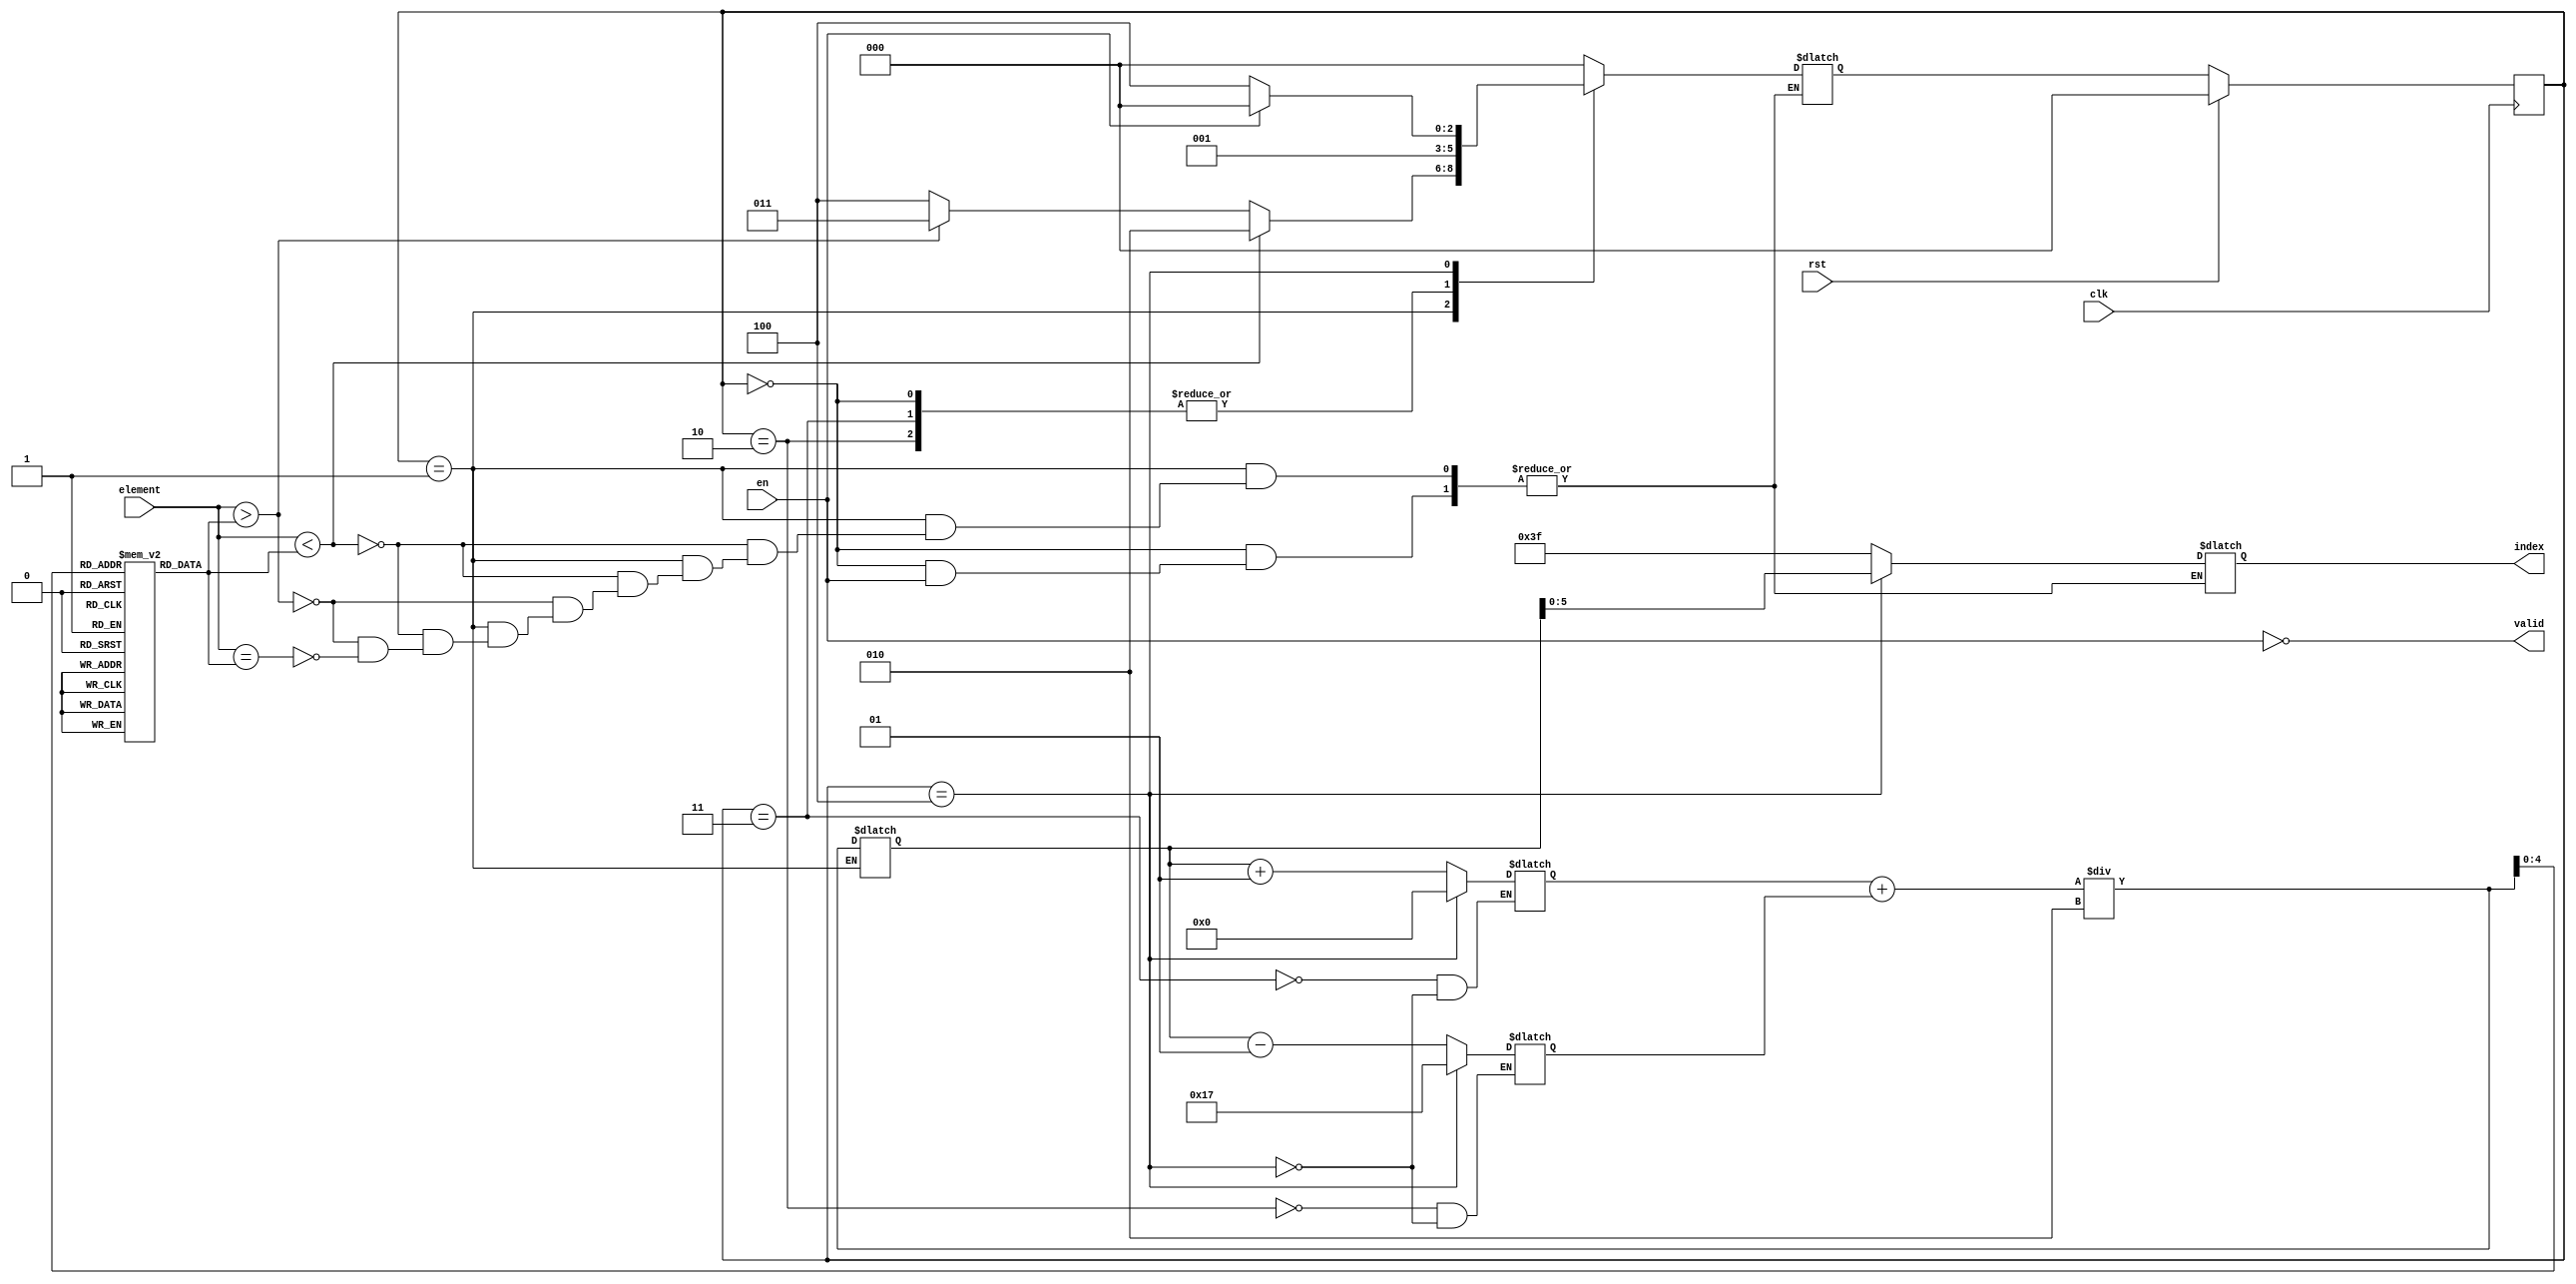
`timescale 1ns / 1ps
//////////////////////////////////////////////////////////////////////////////////
// Company: 
// Engineer: 
// 
// Design Name: 
// Module Name: bs
// Project Name: 
// Target Devices: 
// Tool Versions: 
// Description: 
// 
// Dependencies: 
// 
// Revision:
// Revision 0.01 - File Created
// Additional Comments:
// 
//////////////////////////////////////////////////////////////////////////////////

module bs(clk,rst,element,en,index,valid);
 input clk,rst;
 input signed[31:0] element;
 input en;
 output valid;
 output reg signed [5:0] index;
 
 parameter N=24; 
 
 reg signed[31:0] mem[N-1:0]; //memory
 
 reg [2:0]ps, ns;
 
 parameter s0=3'b000, s1=3'b001 , s2=3'b010, s3=3'b011 , s4=3'b100;
 
 integer f=0, l=N-1, m=0;// indices of first and last elements

assign valid=~en;
//present state logic
always@(posedge(clk))
begin
    if(rst)
        ps<=s0;
    else
    begin
        ps<=ns;
    end
end

//next state logic
always@(*)
case(ps)
s0: begin // active low enable 
    if(~en)
    begin
     ns=s1;
     index=6'b111111;
    end
     
    end

s1: begin //binary search operation
    m=(f+l)/2;
    if(element<mem[m])
        begin
        ns=s2;
        index=6'b111111;
        end
    else if(element>mem[m])
        begin
        ns=s3;
        index=6'b111111;
        end
    else if(element==mem[m])
        begin
        ns=s4;
        index=6'b111111;
        end

   end

s2:begin

    l=m-1;
    ns=s1;
    index=6'b111111;
    end

s3:begin

    f=m+1;
    ns=s1;
    index=6'b111111;
    end

s4: begin

    index=m;
    f=0;
    l=N-1;
    if(en)
     ns=s0;
    else
     ns=s4;
    end


default: begin
          ns=s0;
          index=6'b111111;
         end 
endcase
endmodule